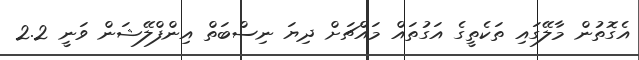
އެގޮތުން މާލޭގައި ތަކެތީގެ އަގުތައް މައްޗަށް ދިޔަ ނިސްބަތް އިންފްލޭޝަން ވަނީ 2.2